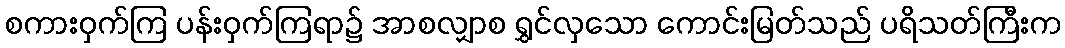
စကားဝှက်ကြ ပန်းဝှက်ကြရာ၌ အာစလျှာစ ရွှင်လှသော ကောင်းမြတ်သည် ပရိသတ်ကြီးက